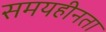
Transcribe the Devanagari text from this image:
समयहीनता